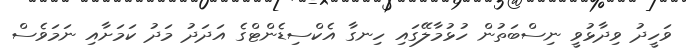
ވަހީދު ވިދާޅުވީ ނިސްބަތުން ހުޅުމާލޭގައި ހިނގާ އެކްސިޑެންޓްގެ އަދަދު މަދު ކަމަށާއި ނަމަވެސް